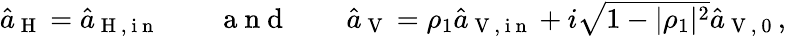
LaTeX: \begin{array}{r}{\hat{a}_{\mathrm{~H~}}=\hat{a}_{\mathrm{~H~,~i~n~}}\qquad\mathrm{~a~n~d~}\qquad\hat{a}_{\mathrm{~V~}}=\rho_{1}\hat{a}_{\mathrm{~V~,~i~n~}}+i\sqrt{1-|\rho_{1}|^{2}}\hat{a}_{\mathrm{~V~,~0~}},}\end{array}